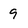
Character: 9